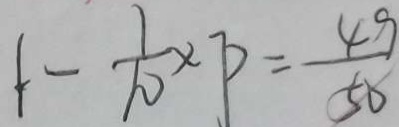
1 - \frac { 1 } { 1 0 } \times p = \frac { 4 9 } { 5 0 }